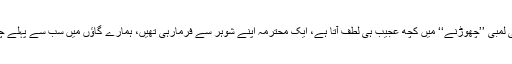
گھروں میں بیگمات کو اپنے گھروالوں کے حوالے سے لمبی لمبی ’’چھوڑنے‘‘ میں کچھ عجیب ہی لطف آتا ہے، ایک محترمہ اپنے شوہر سے فرمارہی تھیں، ہمارے گاؤں میں سب سے پہلے چوبیس گھنٹے بولنے والا ریڈیو میرے اباحضور لائے تھے۔